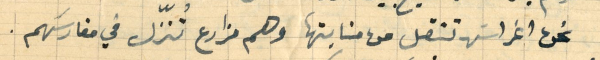
نحن اغراسَ تنقل من منابتها وهم مزارع تُنّزل في مغارسَهم.